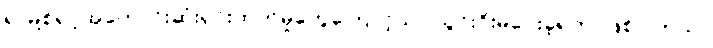
ရာမို့စ်ရဲဲ့အကောင်းဆုံးရှင်းထုတ်မှုတွေကြောင့်သာ သွင်းဂိုးမပေးခဲ့ရတာဖြစ်ပါတယ်။